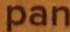
pan